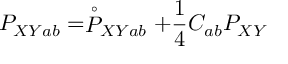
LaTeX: P _ { X Y a b } = \stackrel { \circ } { P } _ { X Y a b } + { \frac { 1 } { 4 } } C _ { a b } P _ { X Y }